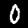
Digit: 0